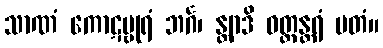
သာဏံ ကောဋမ္ဗုရံ ဘင်္ဂ၊ န္တျာဒိ ဝတ္ထန္တရံ မတံ။